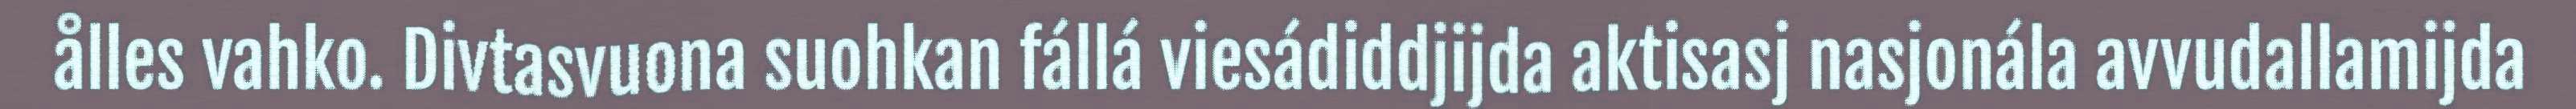
ålles vahko. Divtasvuona suohkan fállá viesádiddjijda aktisasj nasjonála avvudallamijda